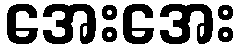
အေးအေး